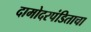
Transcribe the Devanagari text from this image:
दामोदरपंडिताचा